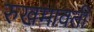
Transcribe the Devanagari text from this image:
रुखमावती